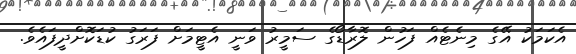
އެކަމަކު އޭގެ މިނެޓެއް ފަހުން ލޮރާޑޯގެ ސަމީރު ވަނީ އެޓީމަށް ފަރަގު ކުޑަކޮށްދީފައެވެ.